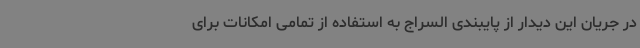
در جریان این دیدار از پایبندی السراج به استفاده از تمامی امکانات برای